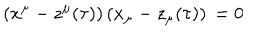
( x ^ { \mu } - z ^ { \mu } ( \tau ) ) \, ( x _ { \mu } - z _ { \mu } ( \tau ) ) \, = 0